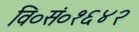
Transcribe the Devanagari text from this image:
वि०सं०१६४२